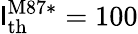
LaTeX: \mathsf{l}_{\mathrm{{th}}}^{\mathrm{{M87*}}}=100